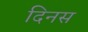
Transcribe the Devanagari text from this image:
दिनस